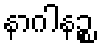
နာဂါနဉ္စ